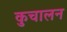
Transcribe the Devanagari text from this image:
कुचालन